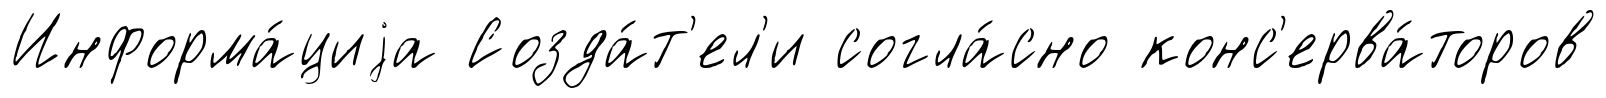
Информа́циjа Созда́т'ел'и согла́сно конс'ерва́торов